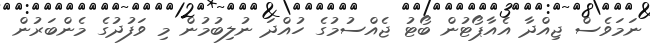
ނަމަވެސް ޖިއްދާ އެއާޕޯޓުން ބޯޓު ޖެއްސުމުގެ ހުއްދަ ނުލިބުމުން މި ވަފުދުގެ މެންބަރުން